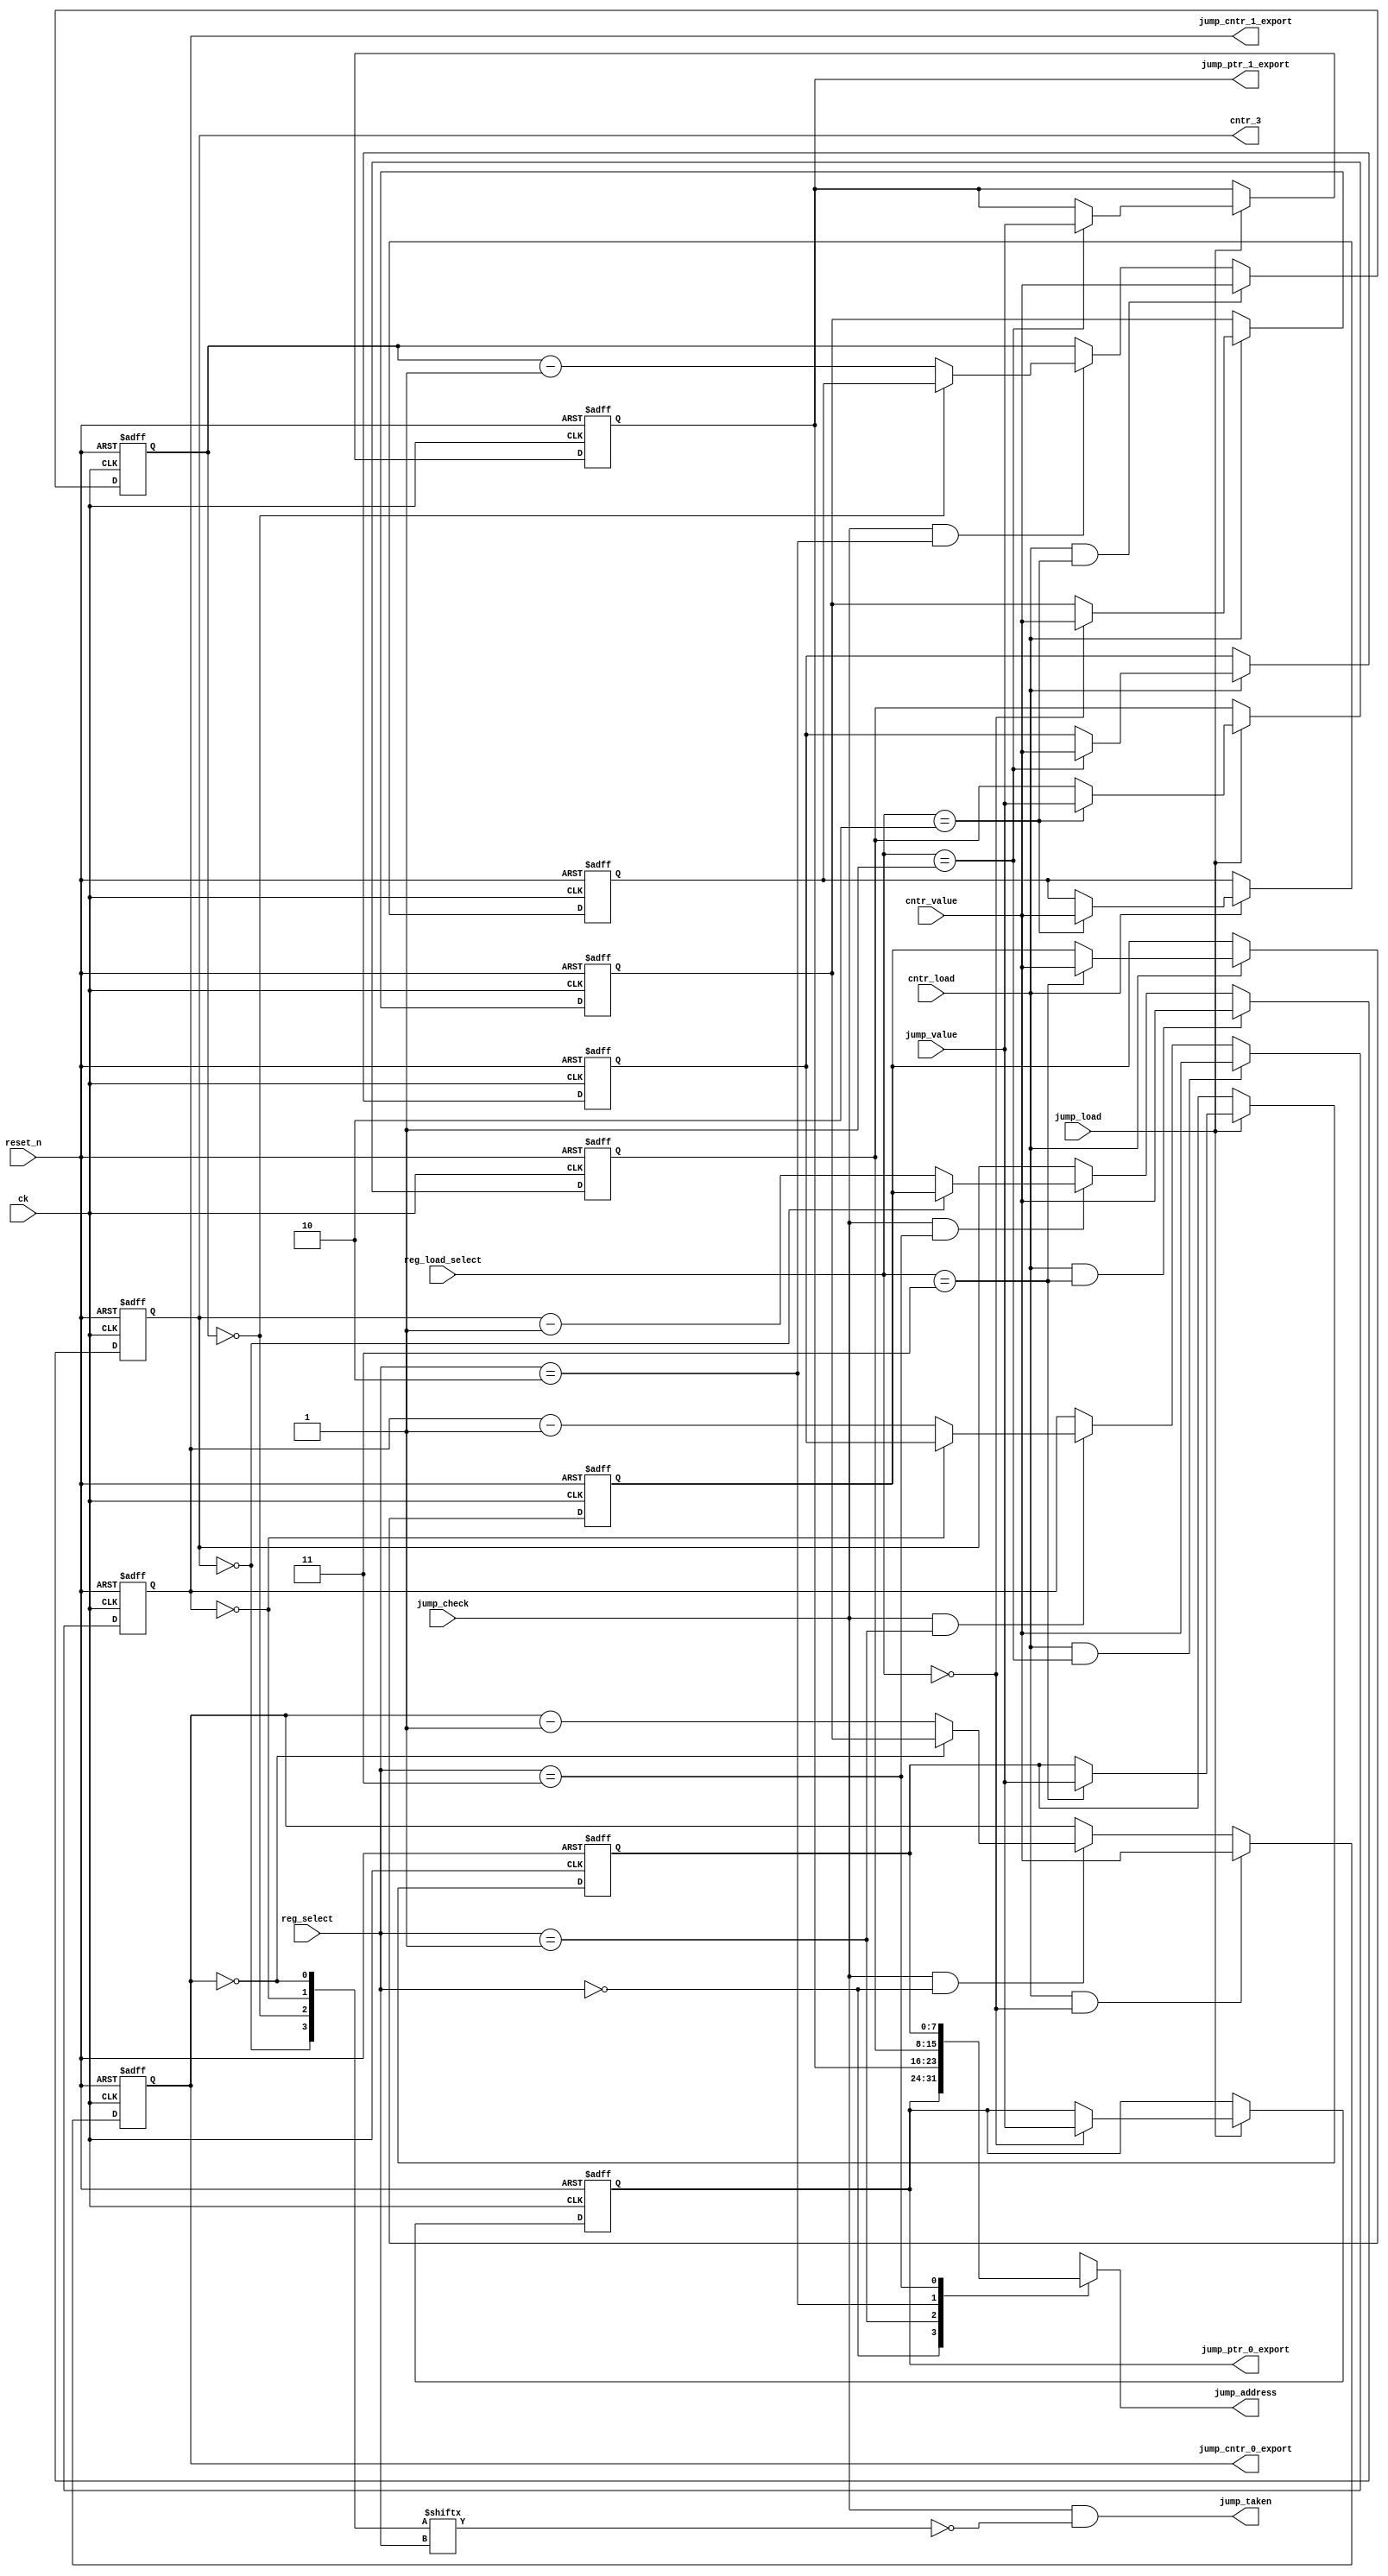
module rw_manager_jumplogic(
	ck,
	reset_n,
	cntr_value,
	cntr_load,
	reg_select,
	reg_load_select,
	jump_value,
	jump_load,
	jump_check,
	jump_taken,
	jump_address,
	cntr_3,



	jump_ptr_0_export, 	
	jump_ptr_1_export, 
	jump_cntr_0_export, 	
	jump_cntr_1_export 

);

	parameter DATA_WIDTH = 8;

	input ck;
	input reset_n;
	input [DATA_WIDTH-1:0] cntr_value;
	input cntr_load;
	input [1:0] reg_select;
	input [1:0] reg_load_select;
	input [DATA_WIDTH-1:0] jump_value;
	input jump_load;
	input jump_check;
	output jump_taken;
	output [DATA_WIDTH-1:0] jump_address;
	output [DATA_WIDTH-1:0] cntr_3;


	output	[7:0] jump_ptr_0_export; 	
	output  [7:0] jump_ptr_1_export; 
	output  [7:0] jump_cntr_0_export; 	
	output  [7:0] jump_cntr_1_export;

	reg [7:0] cntr [0:3];
	reg [7:0] cntr_shadow [0:3];
	reg [7:0] jump_pointers [0:3];

	assign jump_ptr_0_export = jump_pointers [0];
 	assign jump_ptr_1_export = jump_pointers [1];
	assign jump_cntr_0_export = cntr [0];
 	assign jump_cntr_1_export = cntr [1];

	wire [3:0] comparisons;

	assign jump_address = jump_pointers[reg_select];

	assign jump_taken = (jump_check & ~comparisons[reg_select]);

	assign cntr_3 = cntr[3];

	genvar c;
	generate
		for(c = 0; c < 4; c = c + 1) 
		begin : jumpcounter

			assign comparisons[c] = (cntr[c] == {DATA_WIDTH{1'b0}});
		
			always @(posedge ck or negedge reset_n) begin
				if(~reset_n) begin
					cntr[c] <= {DATA_WIDTH{1'b0}};
				end
				else if (cntr_load && reg_load_select == c) begin
					cntr[c] <= cntr_value;
				end
				else if (jump_check && reg_select == c) begin
					cntr[c] <= (comparisons[c]) ? cntr_shadow[c] : cntr[c] - 1'b1;
				end
			end
		end
	endgenerate

	always @(posedge ck or negedge reset_n) begin
		if(~reset_n) begin
			jump_pointers[0] <= {DATA_WIDTH{1'b0}};
			jump_pointers[1] <= {DATA_WIDTH{1'b0}};
			jump_pointers[2] <= {DATA_WIDTH{1'b0}};
			jump_pointers[3] <= {DATA_WIDTH{1'b0}};

			cntr_shadow[0] <= {DATA_WIDTH{1'b0}};
			cntr_shadow[1] <= {DATA_WIDTH{1'b0}};
			cntr_shadow[2] <= {DATA_WIDTH{1'b0}};
			cntr_shadow[3] <= {DATA_WIDTH{1'b0}};
		end
		else begin
			if(jump_load) begin
				jump_pointers[0] <= (reg_load_select == 2'b00)? jump_value : jump_pointers[0];
				jump_pointers[1] <= (reg_load_select == 2'b01)? jump_value : jump_pointers[1];
				jump_pointers[2] <= (reg_load_select == 2'b10)? jump_value : jump_pointers[2];
				jump_pointers[3] <= (reg_load_select == 2'b11)? jump_value : jump_pointers[3];
			end

			if(cntr_load) begin
				cntr_shadow[0] <= (reg_load_select == 2'b00)? cntr_value : cntr_shadow[0];
				cntr_shadow[1] <= (reg_load_select == 2'b01)? cntr_value : cntr_shadow[1];
				cntr_shadow[2] <= (reg_load_select == 2'b10)? cntr_value : cntr_shadow[2];
				cntr_shadow[3] <= (reg_load_select == 2'b11)? cntr_value : cntr_shadow[3];
			end
		end
	end

endmodule